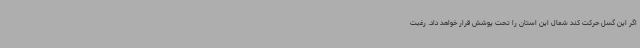
اگر این گسل حرکت کند شمال این استان را تحت پوشش قرار خواهد داد. رغبت